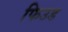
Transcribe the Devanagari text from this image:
फिउड